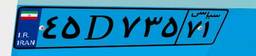
۴۵D۹۰۳۹۰